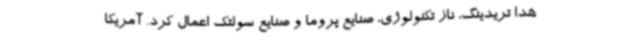
هدا تریدینگ، ناز تکنولوژی، صنایع پروما و صنایع سولتک اعمال کرد. آمریکا